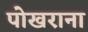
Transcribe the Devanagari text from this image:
पोखराना